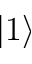
\vert 1 \rangle